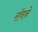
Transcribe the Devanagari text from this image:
रॉनने